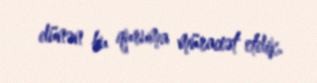
dünən bu quruma müraciət etdik.